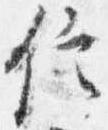
信